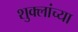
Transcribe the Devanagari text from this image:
शुक्लांच्या